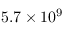
5 . 7 \times 1 0 ^ { 9 }